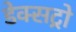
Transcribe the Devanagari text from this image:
डेक्सट्रो